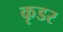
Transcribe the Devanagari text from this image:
कृडर